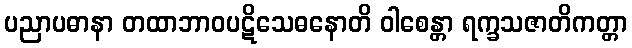
ပညာပဓာနာ တထာဘာဝပဋိသေဓနောတိ ဝါစေန္တာ ရက္ခသဇာတိကတ္တာ